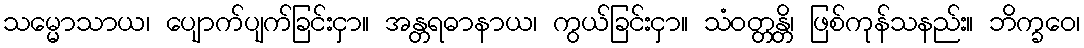
သမ္မောသာယ၊ ပျောက်ပျက်ခြင်းငှာ။ အန္တရဓာနာယ၊ ကွယ်ခြင်းငှာ။ သံဝတ္တန္တိ၊ ဖြစ်ကုန်သနည်း။ ဘိက္ခဝေ၊